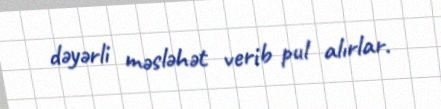
dəyərli məsləhət verib pul alırlar.